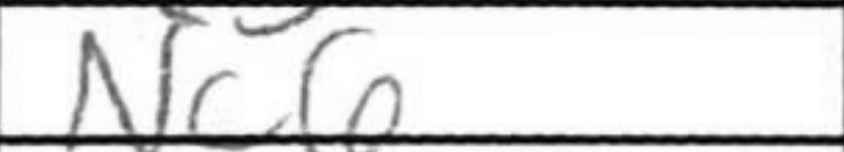
Transcription: Nc6